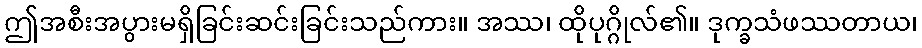
ဤအစီးအပွားမရှိခြင်းဆင်းခြင်းသည်ကား။ အဿ၊ ထိုပုဂ္ဂိုလ်၏။ ဒုက္ခသံဖဿတာယ၊